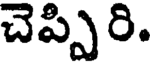
చెప్పిరి.